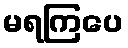
မရကြပေ